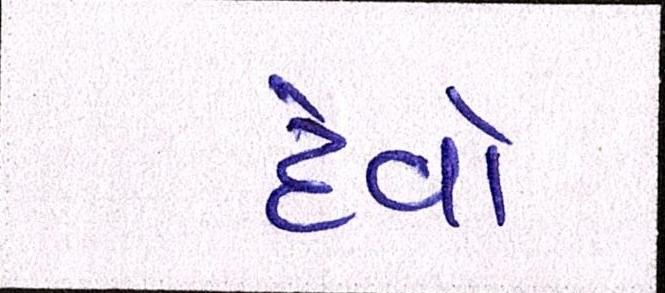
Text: દેવો